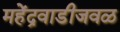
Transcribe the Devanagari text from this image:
महेंद्रवाडीजवळ